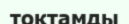
тоқтамды